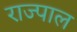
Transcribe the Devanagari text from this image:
राज्पाल